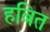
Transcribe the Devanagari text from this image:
हबित